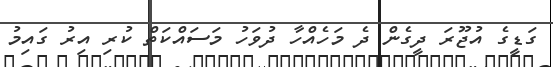
ގަޑީގެ އުޖޫރަ ދީގެން ދެ މަހެއްހާ ދުވަހު މަސައްކަތް ކުރި އިރު ގައިމު